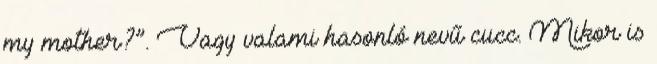
my mother?”. Vagy valami hasonló nevű cucc. Mikor is